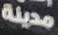
مدينة